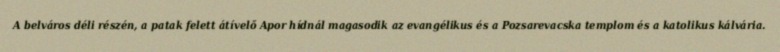
A belváros déli részén, a patak felett átívelő Apor hídnál magasodik az evangélikus és a Pozsarevacska templom és a katolikus kálvária.